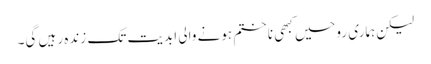
لیکن ہماری روحیں کبھی نا ختم ہونے والی ابدیت تک زندہ رہیں گی۔